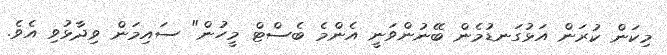
މިކަން ކުރަން އަޅުގަނޑުމެން ބޭނުންވަނީ އެންމެ ބެސްޓް މީހުން" ސައިމަން ވިދާޅުވި އެވެ.